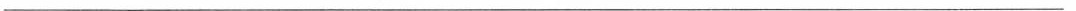
___